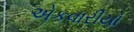
એકવારીયો